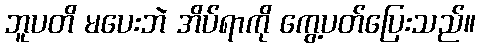
ဘူပတိ မပေးဘဲ အိပ်ရာကို ကွေ့ပတ်ပြေးသည်။